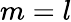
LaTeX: m=l